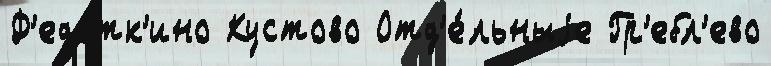
Ф'едотк'ино Кустово Отд'е́льныjе Гр'ебл'ево